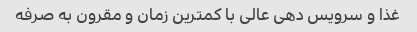
غذا و سرویس دهی عالی با کمترین زمان و مقرون به صرفه